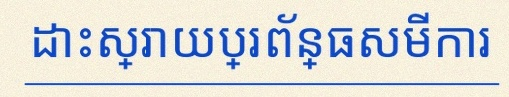
ដោះស្រាយប្រព័ន្ធសមីការ